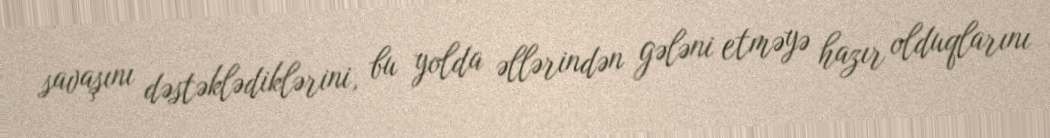
savaşını dəstəklədiklərini, bu yolda əllərindən gələni etməyə hazır olduqlarını